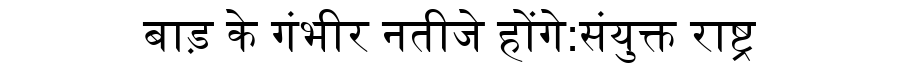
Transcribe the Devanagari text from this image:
बाड़ के गंभीर नतीजे होंगे:संयुक्त राष्ट्र